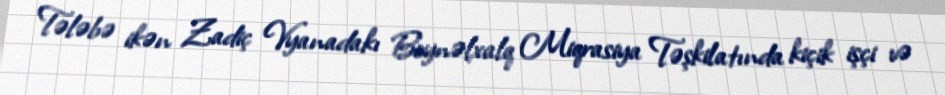
Tələbə ikən Zadiç Vyanadakı Beynəlxalq Miqrasiya Təşkilatında kiçik işçi və